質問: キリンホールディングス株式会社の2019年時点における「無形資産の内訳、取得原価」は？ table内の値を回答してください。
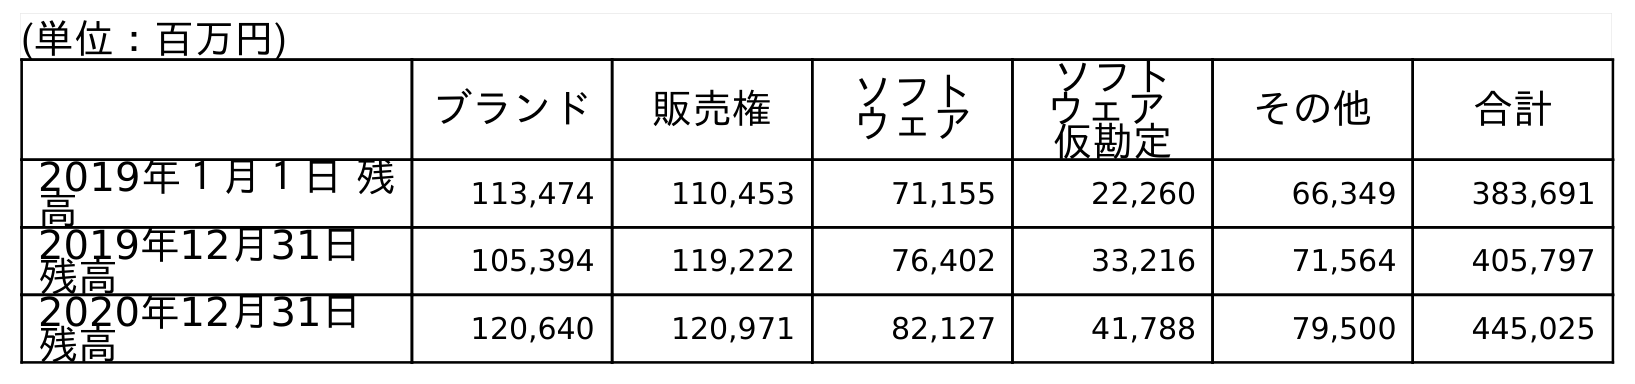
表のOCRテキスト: (単位：百万円) ブランド 販売権 ソフト ウェア ソフト ウェア 仮勘定 その他 合計 2019年１月１日 残 高 113,474 110,453 71,155 22,260 66,349 383,691 2019年12月31日 残高 105,394 119,222 76,402 33,216 71,564 405,797 2020年12月31日 残高 120,640 120,971 82,127 41,788 79,500 445,025
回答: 405,797